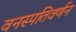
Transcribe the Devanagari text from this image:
वनस्पतिवर्णन